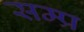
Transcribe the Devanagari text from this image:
सम्प्र